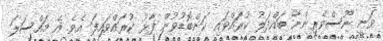
ވަނީ ނޫސްވެރިންނާ ބައްދަލު ކުރައްވައި ކަންބޮޑުވުން ފާޅު ކުރައްވައިފަ އެވެ. އެ މައްސަލަ